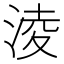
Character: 淩